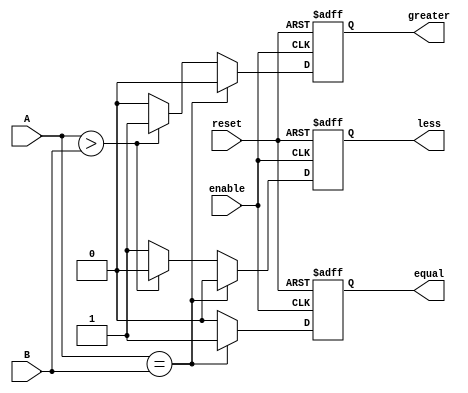
module comparator(input [7:0] A, B,
                   input enable, reset,
                   output equal, greater, less);

reg equal, greater, less;

always @(posedge enable or posedge reset)
begin
    if (reset)
    begin
        equal <= 0;
        greater <= 0;
        less <= 0;
    end
    else
    begin
        if (A == B)
        begin
            equal <= 1;
            greater <= 0;
            less <= 0;
        end
        else if (A > B)
        begin
            equal <= 0;
            greater <= 1;
            less <= 0;
        end
        else
        begin
            equal <= 0;
            greater <= 0;
            less <= 1;
        end
    end
end

endmodule